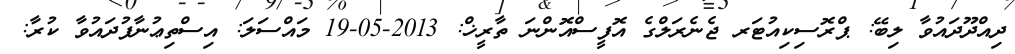
ދިއްދޫދައުވާ ލިބޭ: ޕްރޮސިކިއުޓަރ ޖެނެރަލްގެ އޮފީސްއޮންނަ ތާރީޚް: 2013-05-19 މައްސަލަ: އިސްތިޢުނާފުދައުވާ ކުރާ: